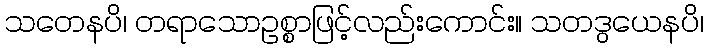
သတေနပိ၊ တရာသောဥစ္စာဖြင့်လည်းကောင်း။ သတဒွယေနပိ၊